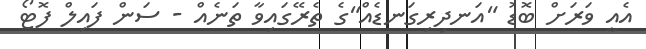
އެއީ ވަރަށް ބޮޑު "އަނދިރިގަނޑެއް"ގެ ތެރޭގައިވާ ތަނެއް - ސަން ފައިލް ފޮޓޯ